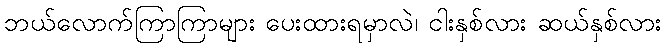
ဘယ်လောက်ကြာကြာများ ပေးထားရမှာလဲ၊ ငါးနှစ်လား ဆယ်နှစ်လား